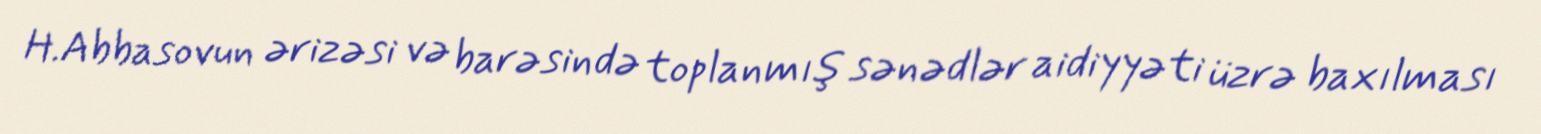
H.Abbasovun ərizəsi və barəsində toplanmış sənədlər aidiyyəti üzrə baxılması